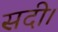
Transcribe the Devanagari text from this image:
सदी।